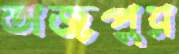
তাজপুর